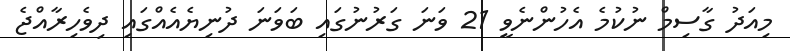
މިއަދު ގާސިމް ނުކުމެ އެހުންނެވީ 21 ވަނަ ގަރުނުގައި ބަވަނަ ދުނިޔެއެއްގައި ދިވެހިރާއްޖެ